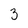
Character: 3